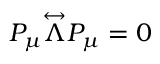
P _ { \mu } \overset \leftrightarrow { \Lambda } P _ { \mu } = 0